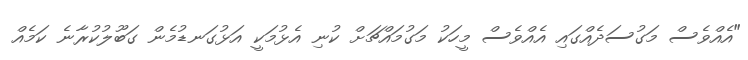
"އެއްވެސް މަގުސަދެއްގައި އެއްވެސް މީހަކު މަގުމައްޗަށް ކުނި އެޅުމަކީ އަޅުގަނޑުމެން ގަބޫލުކުރާނެ ކަމެއް